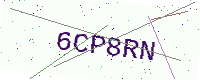
Text: 6CP8RN